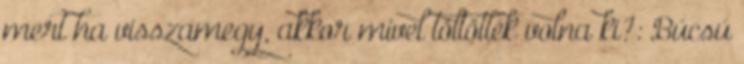
mert ha visszamegy, akkor mivel töltötték volna ki?: Búcsú